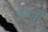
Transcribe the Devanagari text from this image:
कर्णो